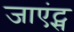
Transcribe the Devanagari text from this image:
जाएंट्स